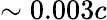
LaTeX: \sim 0.003c